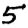
Digit: 5